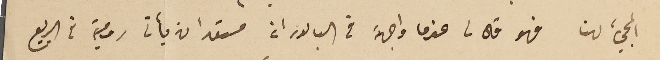
المجيء لهنا فهو قال لى عندما واجهته فى البابور انه مستعد ان يأتى رومية فى الربيع